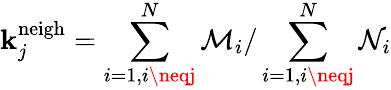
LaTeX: \mathbf{k}_{j}^{\mathrm{{neigh}}}=\sum_{i=1,i\neqj}^{N}\mathcal{{M}}_{i}/\sum_{i=1,i\neqj}^{N}\mathcal{{N}}_{i}